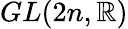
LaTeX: GL(2n,\mathbb{R})